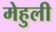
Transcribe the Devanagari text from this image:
मेहुली